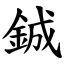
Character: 鋮